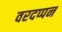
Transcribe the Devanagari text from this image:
वरदप्पन